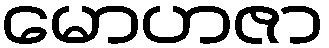
မောဟဇာ